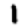
Digit: 1